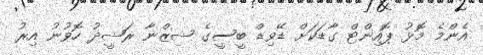
އެންމެ މޮޅު ޕޮއިންޓް ގާޑަކަށް ޑޭވިޑް ބީސީގެ ޝިޒްނާ ރަޝީދު ހޮވުނު އިރު